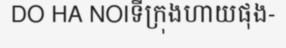
DO HA NOIទីក្រុងហាយផុង-